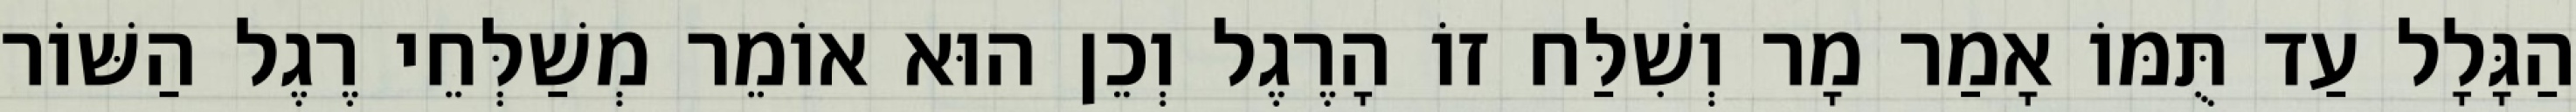
הַגָּלָל עַד תֻּמּוֹ אָמַר מָר וְשִׁלַּח זוֹ הָרֶגֶל וְכֵן הוּא אוֹמֵר מְשַׁלְּחֵי רֶגֶל הַשּׁוֹר